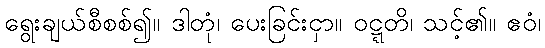
ရွေးချယ်စီစစ်၍။ ဒါတုံ၊ ပေးခြင်းငှာ။ ဝဋ္ဋတိ၊ သင့်၏။ ဧဝံ၊